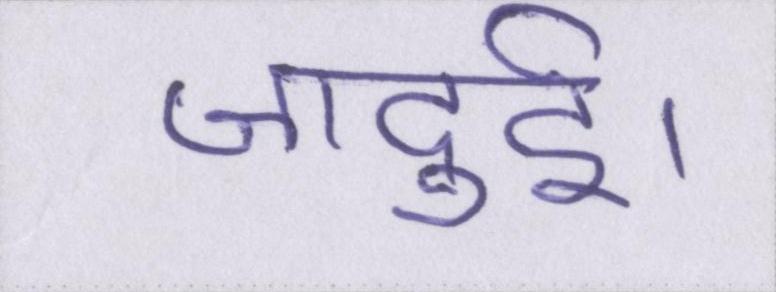
जादुई।